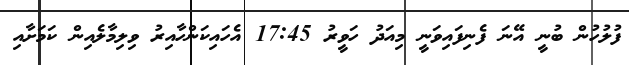
ފުލުހުން ބުނީ އޭނަ ފެނިފައިވަނީ މިއަދު ހަވީރު 17:45 އެހައިކަންހާއިރު ވިލިމާލެއިން ކަމަށާއި